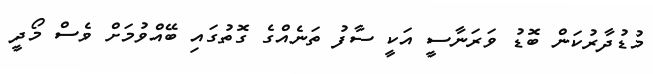
މުޑުދާރުކަން ބޮޑު ވަރަނާސީ އަކީ ސާފު ތަނެއްގެ ގޮތުގައި ބޭއްވުމަށް ވެސް މޯދީ